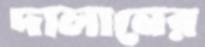
দালানের